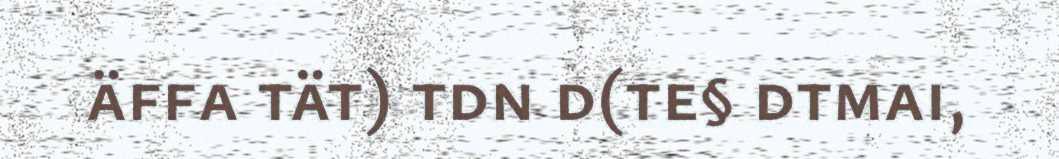
äffa tät) tdn d(te§ dtmai,